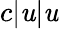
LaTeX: c|\mathit{u}|\mathit{u}